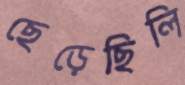
ছেড়েছিলি